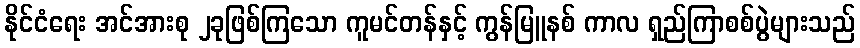
နိုင်ငံရေး အင်အားစု ၂ခုဖြစ်ကြသော ကူမင်တန်နှင့် ကွန်မြူနစ် ကာလ ရှည်ကြာစစ်ပွဲများသည်